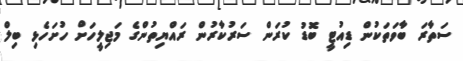
ސަތާރަ ބާވަތަކުން ޑިއުޓީ ބޮޑު ކުރަން ސަރުކާރުން ރައްޔިތުންގެ މަޖިލީހަށް ހުށަހެޅި ބިލް